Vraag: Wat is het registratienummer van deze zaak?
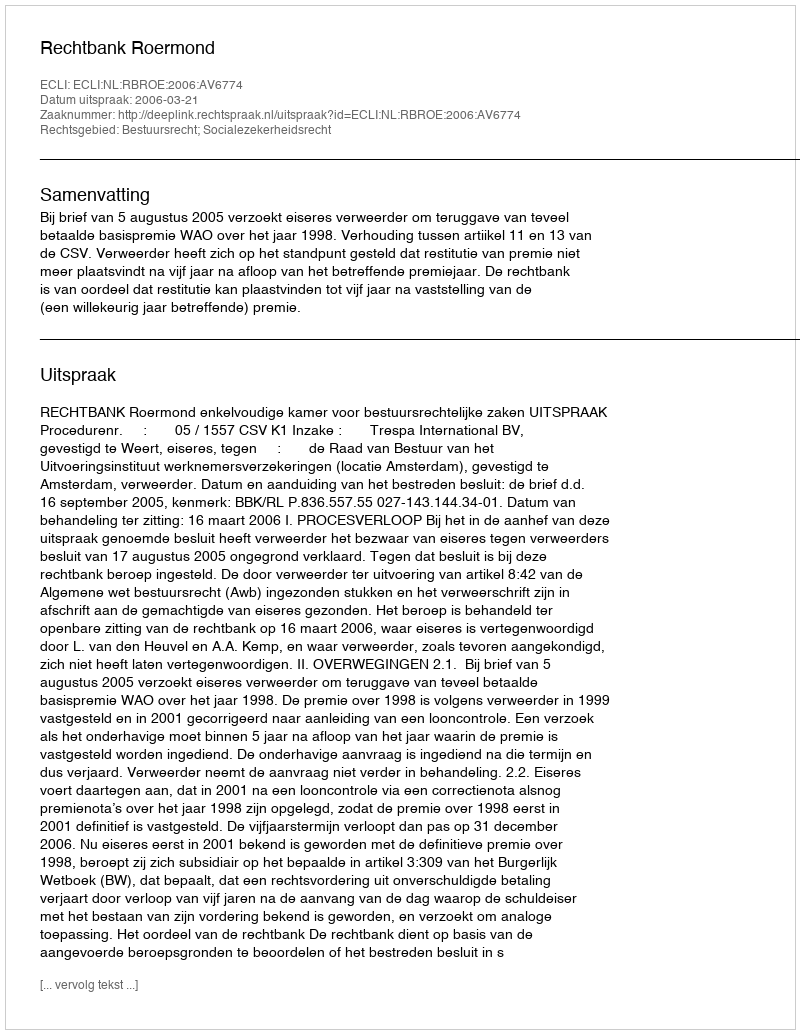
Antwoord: http://deeplink.rechtspraak.nl/uitspraak?id=ECLI:NL:RBROE:2006:AV6774